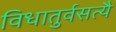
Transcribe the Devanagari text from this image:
विधातुर्वसत्यै